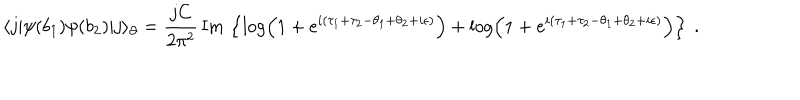
\langle j | \psi ( b _ { 1 } ) \psi ( b _ { 2 } ) | j \rangle _ { \partial } = \frac { j C } { 2 \pi ^ { 2 } } \, \mathrm { I m } \, \left\lbrace \log \left( 1 + e ^ { i ( \tau _ { 1 } + \tau _ { 2 } - \theta _ { 1 } + \theta _ { 2 } + i \epsilon ) } \right) + \log \left( 1 + e ^ { i ( \tau _ { 1 } + \tau _ { 2 } - \theta _ { 1 } + \theta _ { 2 } + i \epsilon ) } \right) \right\rbrace \ .